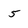
Character: 5